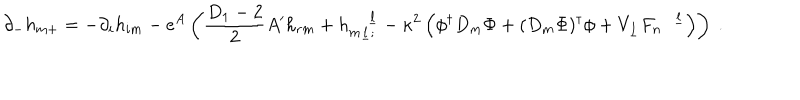
\partial _ { - } h _ { m + } = - \partial _ { i } h _ { i m } - e ^ { A } \left( \frac { D _ { 1 } - 2 } { 2 } A ^ { \prime } h _ { r m } + h _ { m \underline { { l } } ; } ^ { \quad \underline { { l } } } - \kappa ^ { 2 } \left( \phi ^ { \dagger } D _ { m } \Phi + ( D _ { m } \Phi ) ^ { \dagger } \phi + V _ { \underline { { l } } } F _ { n } ^ { \quad \underline { { l } } } \right) \right) ~ .